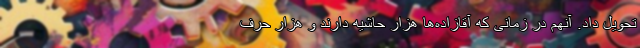
تحویل داد. آنهم در زمانی که آقازاده‌ها هزار حاشیه دارند و هزار حرف